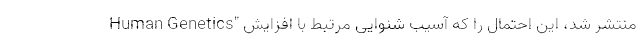
Human Genetics" منتشر شد، این احتمال را که آسیب شنوایی مرتبط با افزایش